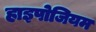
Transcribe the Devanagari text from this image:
हाइपोजियम